Vaccination in Bombay 1889-1901 - 1889-1901
Year: 1889
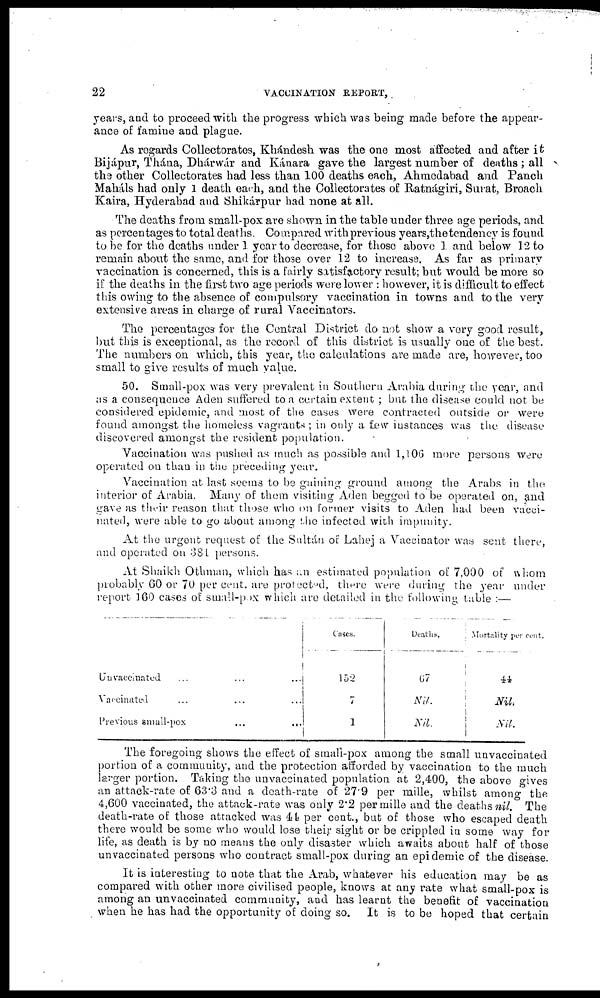
22
VACCINATION REPORT,
years, and to proceed with the progress which was being made before the appear-
ance of famine and plague.
As regards Collectorates, Khándesh was the one most affected and after it
Bijápur, Thána, Dhárwár and Kánara gave the largest number of deaths ; all
the other Collectorates had less than 100 deaths each, Ahmedabad and Panch
Maháls had only 1 death each, and the Collectorates of Ratnágiri, Surat, Broach
Kaira, Hyderabad and Shikárpur had none at all.
The deaths from small-pox are shown in the table under three age periods, and
as percentages to total deaths. Compared with previous years,the tendency is found
to be for the deaths under 1 year to decrease, for those above 1 and below 12 to
remain about the same, and for those over 12 to increase. As far as primary
vaccination is concerned, this is a fairly satisfactory result; but would be more so
if the deaths in the first two age periods were lower : however, it is difficult to effect
this owing to the absence of compulsory vaccination in towns and to the very
extensive areas in charge of rural Vaccinators.
The percentages for the Central District do not show a very good result,
but this is exceptional, as the record of this district is usually one of the best.
The numbers on which, this year, the calculations are made are, however, too
small to give results of much value.
50. Small-pox was very prevalent in Southern Arabia during the year, and
as a consequence Aden suffered to a certain extent ; but the disease could not be
considered epidemic, and most of the cases were contracted outside or were
found amongst the homeless vagrants ; in only a few instances was the disease
discovered amongst the resident population.
Vaccination was pushed as much as possible and 1,106 more persons were
operated on than in the preceding year.
Vaccination at last seems to be gaining ground among the Arabs in the
interior of Arabia. Many of them visiting Aden begged to be operated on, and
gave as their reason that those who on former visits to Aden had been vacci-
nated, were able to go about among the infected with impunity.
At the urgent request of the Sultán of Lahej a Vaccinator was sent there,
and operated on 381 persons.
At Shaikh Othman, which has an estimated population of 7,000 of whom
probably 60 or 70 per cent. are protected, there were during the year under
report 160 cases of small-pox which are detailed in the following table :—
Unvaccinated ... ... ...
Vaccinated ... ... ...
Previous small-pox
...
...
Cases.
152
7
1
Deaths.
67
Nil.
Nil.
Mortality per cent.
44
Nil.
Ml.
The foregoing shows the effect of small-pox among the small unvaccinated
portion of a community, and the protection afforded by vaccination to the much
larger portion. Taking the unvaccinated population at 2,400, the above gives
an attack-rate of 63.3 and a death-rate of 27.9 per mille, whilst among the
4,600 vaccinated, the attack-rate was only 2.2 per mille and the deaths nil. The
death-rate of those attacked was 44 per cent., but of those who escaped death
there would be some who would lose their sight or be crippled in some way for
life, as death is by no means the only disaster which awaits about half of those
unvaccinated persons who contract small-pox during an epidemic of the disease.
It is interesting to note that the Arab, whatever his education may be as
compared with other more civilised people, knows at any rate what small-pox is
among an unvaccinated community, and has learnt the benefit of vaccination
when he has had the opportunity of doing so. It is to be hoped that certain